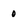
Character: 0